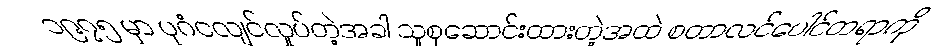
၁၉၇၅ မှာ ပုဂံငလျင်လှုပ်တဲ့အခါ သူစုဆောင်းထားတဲ့အထဲ စတာလင်ပေါင်တရာကို